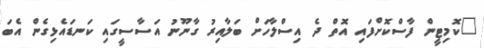
"ކޮމިޓީން ފާސްކޮށްފައި އޮތް ދެ އިސްލާހަށް ބަލާއިރު ގާނޫނު އަސާސީގައި ކަނޑައެޅިގެން އެބަ